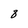
Character: 8